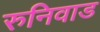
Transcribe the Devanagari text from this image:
रुनिवाड